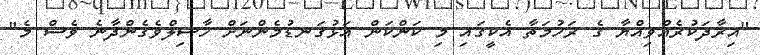
"އިރާދަކުރެއްވިއްޔާ ގެ ރަހުމަތާ އެކީގައި މި ކަންކަން އަޅުގަނޑުމެންނަށް ހާސިލްވެގެންދާނެ ވެސް މެ"